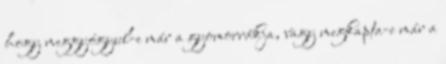
hogy meggyógyul-e már a gyomorrákja, vagy megkapta-e már a